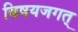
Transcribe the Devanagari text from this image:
विषयजगत्